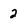
Character: 2